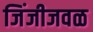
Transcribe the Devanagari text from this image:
जिंजीजवळ